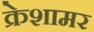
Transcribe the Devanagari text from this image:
क्रेशामर